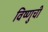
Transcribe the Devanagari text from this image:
विष्णुची